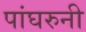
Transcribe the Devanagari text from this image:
पांघरुनी